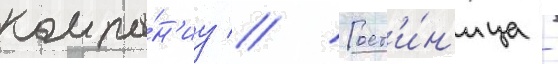
компа́н'иу // Гост'и́н'ица -